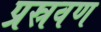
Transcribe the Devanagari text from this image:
प्रस्रवण